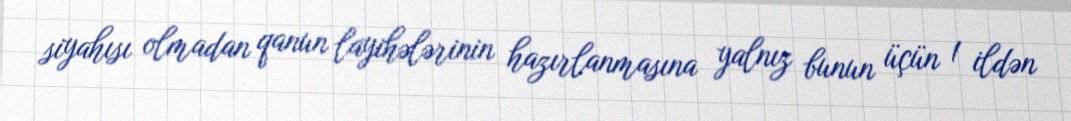
siyahısı olmadan qanun layihələrinin hazırlanmasına yalnız bunun üçün 1 ildən